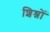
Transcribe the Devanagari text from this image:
शिश्नों